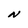
Character: N